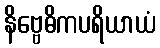
နိဗ္ဗေဓိကပရိယာယံ